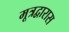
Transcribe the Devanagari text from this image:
मूत्रद्वारास